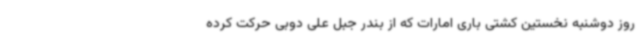
روز دوشنبه نخستین کشتی باری امارات که از بندر جبل علی دوبی حرکت کرده